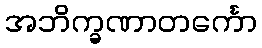
အဘိက္ခဏာတင်္ကော